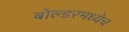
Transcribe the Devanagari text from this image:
बोल्डरमध्येच